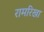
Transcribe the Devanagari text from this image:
रामरिखा